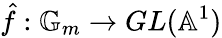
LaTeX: {\hat{f}}:\mathbb{G}_{m}\to GL(\mathbb{A}^{1})